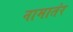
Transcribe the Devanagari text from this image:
नामातंर